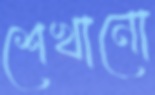
শেখানো